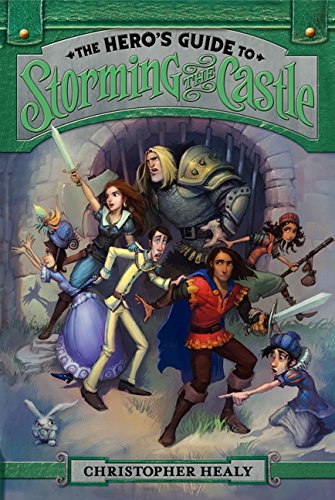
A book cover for The Hero's Guide to Storming the Castle; Christopher Healy; Children's Books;